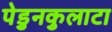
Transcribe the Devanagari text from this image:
पेडुनकुलाटा